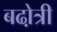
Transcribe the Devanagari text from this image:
बढो़त्री